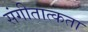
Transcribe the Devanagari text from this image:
संगीतात्कता